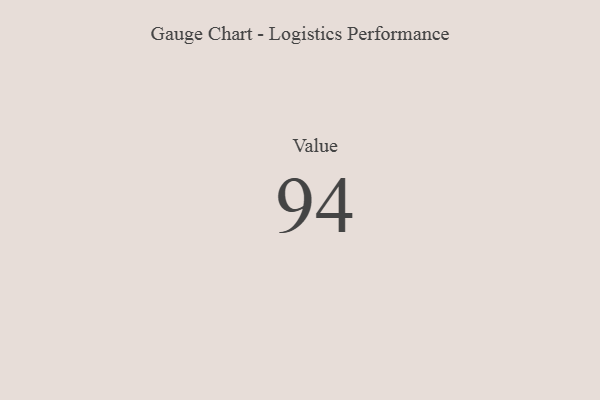
{"axis": {"x": "Metric", "y": "Value"}, "legend": [""], "data": [{"x": "Value", "y": 94, "type": ""}]}